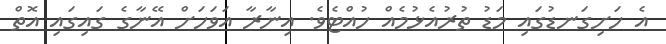
އެ ހަށިގަނޑުގައި މަޑު ތުރުއެޅުމެއް ހުއްޓެވެ. އިނާރާ އަވަހަށް އޭނާގެ ގައިގައި އޮތް